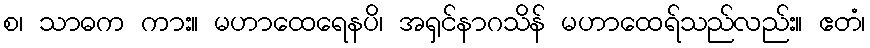
စ၊ သာဓက ကား။ မဟာထေရေနပိ၊ အရှင်နာဂသိန် မဟာထေရ်သည်လည်း။ ဧတံ၊